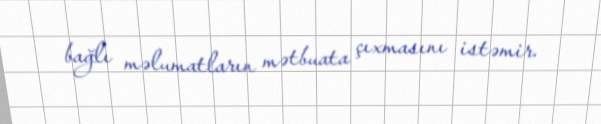
bağlı məlumatların mətbuata çıxmasını istəmir.